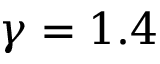
\gamma = 1 . 4